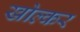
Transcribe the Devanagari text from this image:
खोल्कर